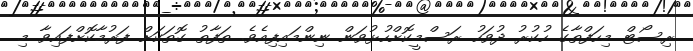
ރިސޯޓް މިހަފްތާގެ ހުކުރު ދުވަހު ރަސްމީކޮށްހުޅުވަން ނިންމައިފިއެވެ. ތަފާތު ގޮތަކަށް ފަރުމާކޮށްފައިވާ މި